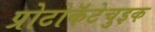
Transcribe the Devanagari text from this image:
प्रोटोकॅटेचुइक